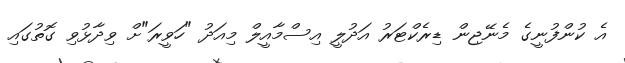
އެ ކުންފުނީގެ މެނޭޖިން ޑިރެކްޓަރު އަދުލީ އިސްމާއީލް މިއަދު "ހަވީރަ"ށް ވިދާޅުވި ގޮތުގައި